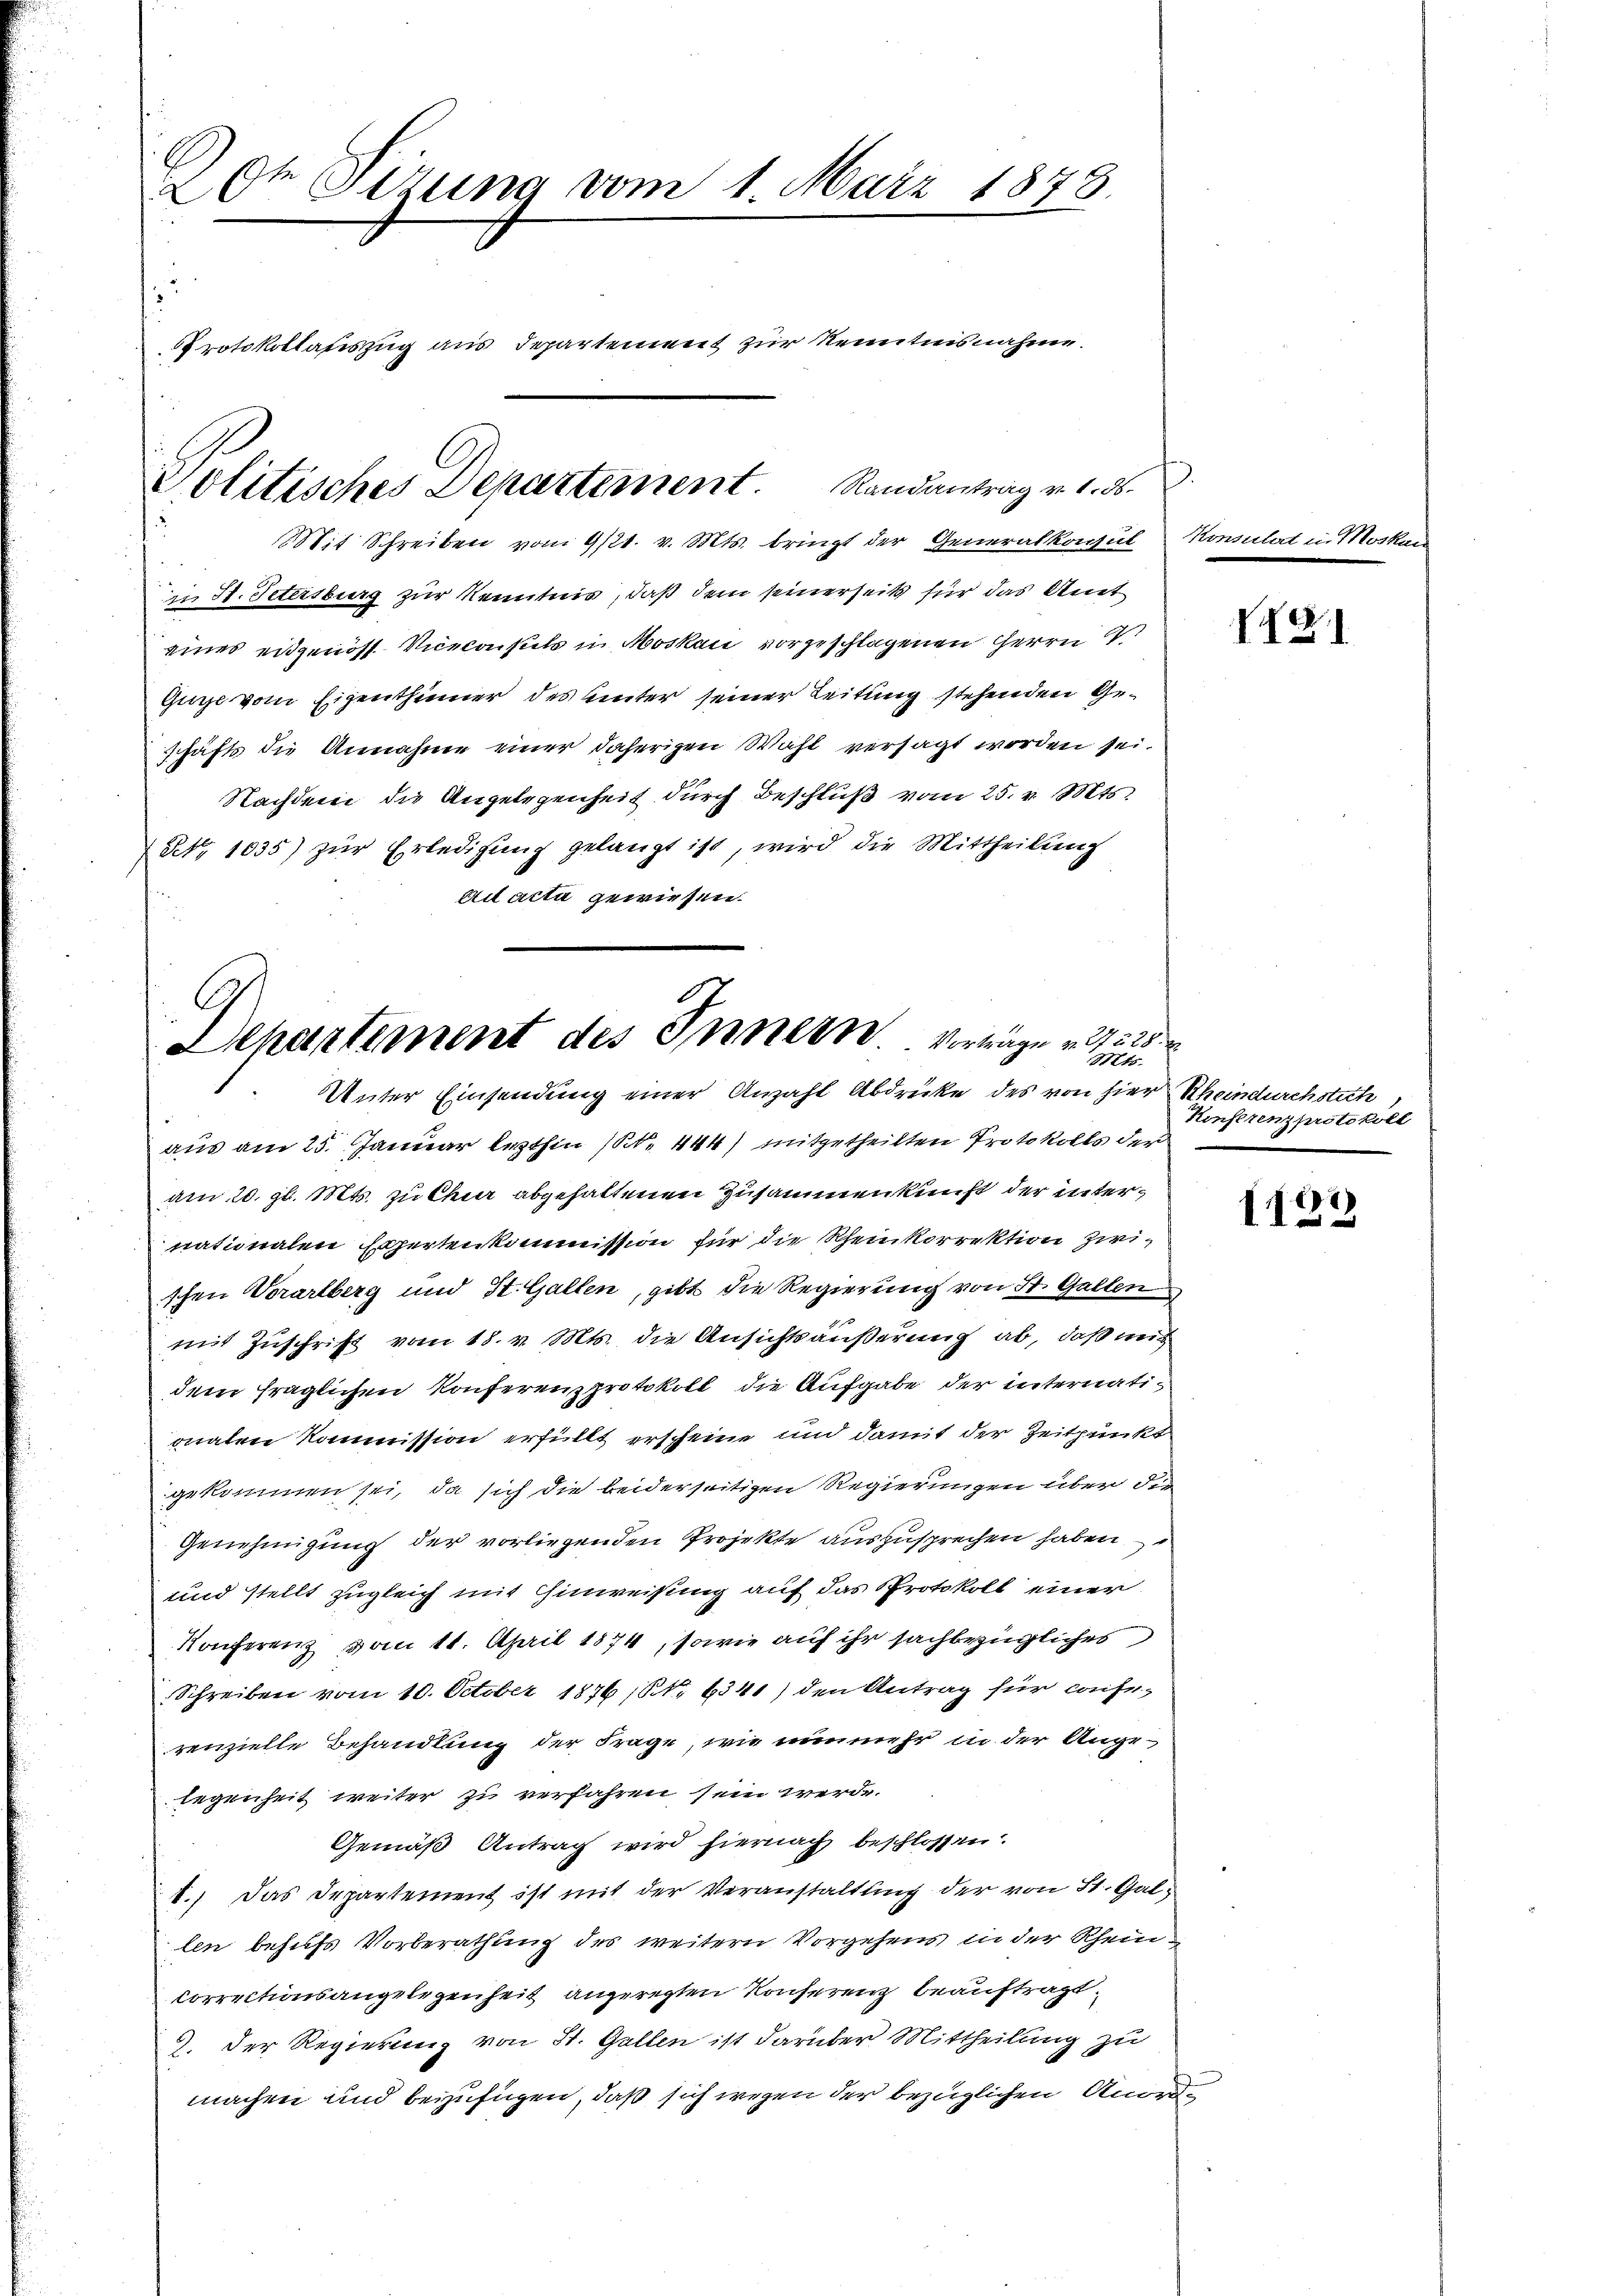
ch Sizung vom 1. März 1878
2
rotokollauszug aus Departement zur Kenntnisnahme.
olitisches Departement. Randantrag v. 1. 86.
Mit Schreiben vom 9/21. v. Mts. bringt der Generalkonsul

u
in St. Petersburg zur Kenntnis, daß dem seinerseits für das Amt
eines eidgenöss. Viceconsuls in Moskau vorgeschlagenen Herrn
Gurse vom Eigenthümer des Unter seiner Leitung stehenden Geschäfts die Annahme einer daherigen Wahl versagt worden sei.
Nachdem die Angelegenheit durch Beschluß vom 25. v. Mts.
(No 1035) zŭr Erledigŭng gelangt ist, wird die Mittheilŭng
Ail acta gewiesen.

Dchartement des Innern Verträge 127225
Mts.
Unter Einsendung einer Anzahl Abdrücke des von hier Rheindurchstich

aus am 25. Januar lezthin (N. 444) mitgetheilten Protokolls der
 am 20. gl. Mts. zu Chur abgehaltenen Zusammenkunft der internationalen Expertenkommission für die Rheinkorrektion zwischen Vorarlberg und St. Gallen, gibt die Regierung von St. Gallen
mit Zuschrift vom 18. v. Mts. die Ansichtsäußerung ab, daß mit
dem fraglichen Konferenzprotokoll die Aufgabe der internationaten Kommission erfüllt erscheine und damit der Zeitpunkt
gekommen sei, da sich die beiderseitigen Regierungen über die
Genehmigung der vorliegenden Projekte auszusprechen haben,
und stellt zugleich mit Hinweisung auf das Protokoll einer
Konferenz vom 11. April 1874, sowie auf ihr sachbezügliches
Schreiben vom 10. October 1876 (NNo. 6341) den Antrag für Cafe-
renzielle Behandlung der Frage, wie nunmehr in der Angelegenheit weiter zu verfahren sein werde.
Gemäß Antrag wird hiernach beschlossen:
8.) Das Departement ist mit der Veranstaltung der von St. Gallen behufs Vorberathung des weitern Vorgehens in der Rhein¬
Correctionsangelegenheit angeregten Konserenz beauftragt.
9. Der Regierung von St. Gallen ist darüber Mittheilung zu
machen und beizufügen, daß sich wegen der bezüglichen Anord¬

.
Pom

12.)

Konferenzprotokoll

1122